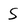
Character: S